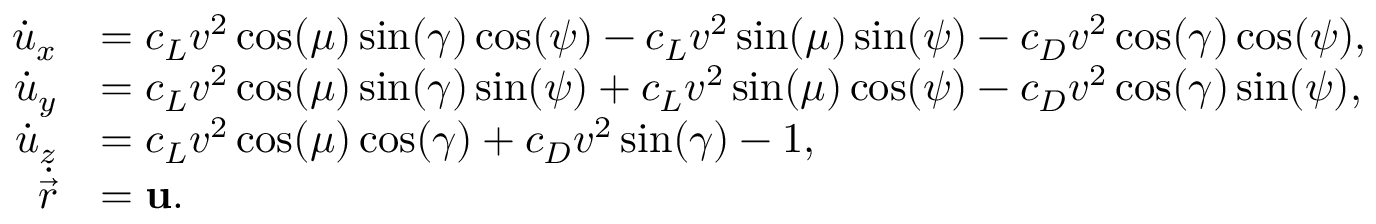
\begin{array} { r l } { \Dot { u } _ { x } } & { = c _ { L } v ^ { 2 } \cos ( \mu ) \sin ( \gamma ) \cos ( \psi ) - c _ { L } v ^ { 2 } \sin ( \mu ) \sin ( \psi ) - c _ { D } v ^ { 2 } \cos ( \gamma ) \cos ( \psi ) , } \\ { \Dot { u } _ { y } } & { = c _ { L } v ^ { 2 } \cos ( \mu ) \sin ( \gamma ) \sin ( \psi ) + c _ { L } v ^ { 2 } \sin ( \mu ) \cos ( \psi ) - c _ { D } v ^ { 2 } \cos ( \gamma ) \sin ( \psi ) , } \\ { \Dot { u } _ { z } } & { = c _ { L } v ^ { 2 } \cos ( \mu ) \cos ( \gamma ) + c _ { D } v ^ { 2 } \sin ( \gamma ) - 1 , } \\ { \Dot { \vec { r } } } & { = \mathbf { u } . } \end{array}